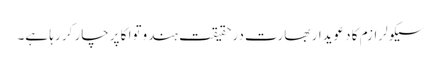
سیکولرازم کا دعویدار بھارت درحقیقت ہندوتوا کا پرچار کر رہا ہے۔